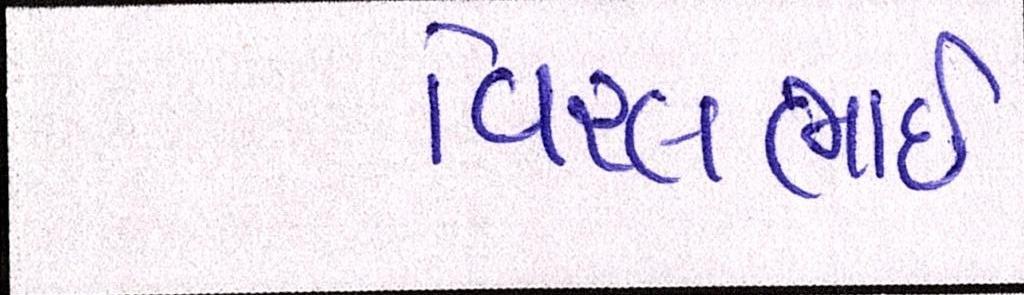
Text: વિરલભાઇ